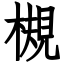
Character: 槻